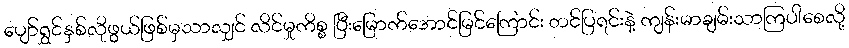
ပျော်ရွှင်နှစ်လိုဖွယ်ဖြစ်မှသာလျှင် လိင်မှုကိစ္စ ပြီးမြောက်အောင်မြင်ကြောင်း တင်ပြရင်းနဲ့ ကျန်းမာချမ်းသာကြပါစေလို့